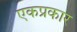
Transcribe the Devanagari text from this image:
एकप्रकार